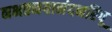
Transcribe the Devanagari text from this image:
नभतनयानंदनरिपू